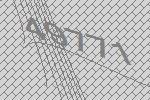
49771